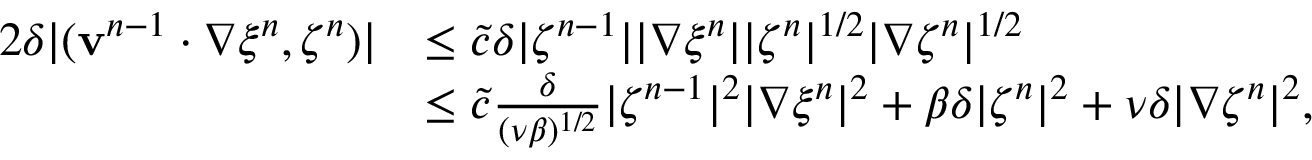
\begin{array} { r l } { 2 \delta | ( \mathbf { v } ^ { n - 1 } \cdot \nabla \xi ^ { n } , \zeta ^ { n } ) | } & { \leq \tilde { c } \delta | \zeta ^ { n - 1 } | | \nabla \xi ^ { n } | | \zeta ^ { n } | ^ { 1 / 2 } | \nabla \zeta ^ { n } | ^ { 1 / 2 } } \\ & { \leq \tilde { c } \frac { \delta } { ( \nu \beta ) ^ { 1 / 2 } } | \zeta ^ { n - 1 } | ^ { 2 } | \nabla \xi ^ { n } | ^ { 2 } + \beta \delta | \zeta ^ { n } | ^ { 2 } + \nu \delta | \nabla \zeta ^ { n } | ^ { 2 } , } \end{array}